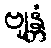
ဗျန္တံ